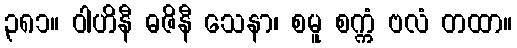
၃၈၁။ ဝါဟိနီ ဓဇိနီ သေနာ၊ စမူ စက္ကံ ဗလံ တထာ။